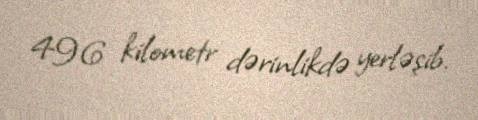
496 kilometr dərinlikdə yerləşib.